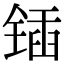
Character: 锸